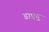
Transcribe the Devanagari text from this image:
डाएगू